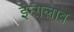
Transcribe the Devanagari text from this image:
इन्ग़लाब